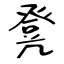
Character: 凳